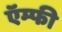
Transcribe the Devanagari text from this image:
ऍम्फी